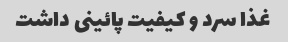
غذا سرد و کیفیت پائینی داشت